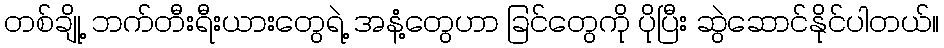
တစ်ချို့ ဘက်တီးရီးယားတွေရဲ့ အနံ့တွေဟာ ခြင်တွေကို ပိုပြီး ဆွဲဆောင်နိုင်ပါတယ်။